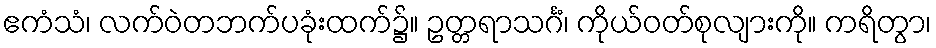
ဧကံသံ၊ လက်ဝဲတဘက်ပခုံးထက်၌။ ဥတ္တရာသင်္ဂံ၊ ကိုယ်ဝတ်စုလျားကို။ ကရိတွာ၊